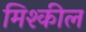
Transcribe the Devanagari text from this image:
मिश्कील